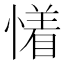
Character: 𰒐